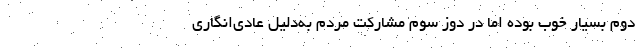
دوم بسیار خوب بوده اما در دوز سوم مشارکت مردم به‌دلیل عادی‌انگاری